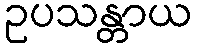
ဥပသန္တာယ